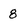
Character: 8